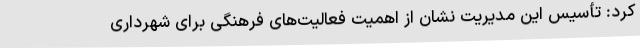
کرد: تأسیس این مدیریت نشان از اهمیت فعالیت‌های فرهنگی برای شهرداری